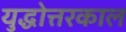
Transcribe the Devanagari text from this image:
युद्धोत्तरकाल